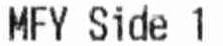
MFY SIDE 1